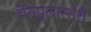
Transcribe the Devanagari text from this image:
चेरुपुलास्सेरी